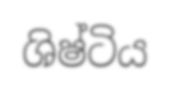
ශිෂ්ටිය